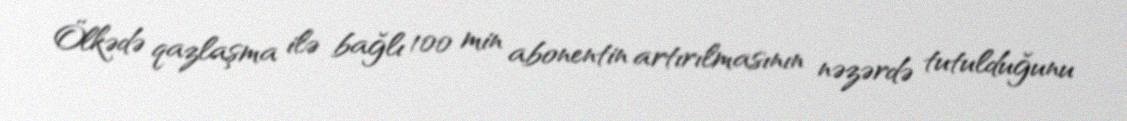
Ölkədə qazlaşma ilə bağlı 100 min abonentin artırılmasının nəzərdə tutulduğunu